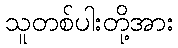
သူတစ်ပါးတို့အား